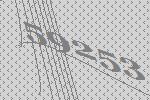
59253